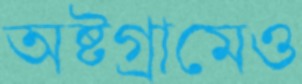
অষ্টগ্রামেও